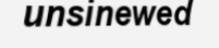
unsinewed